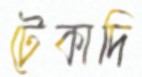
টেকাদি